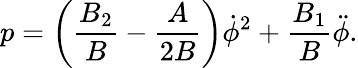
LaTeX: p=\left(\frac{B_{2}}{B}-\frac{A}{2B}\right)\dot{\phi}^{2}+\frac{B_{1}}{B}\ddot{\phi}.